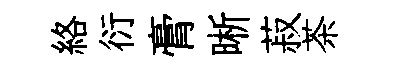
絡衍膏晰菽茶